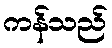
ကန်သည်